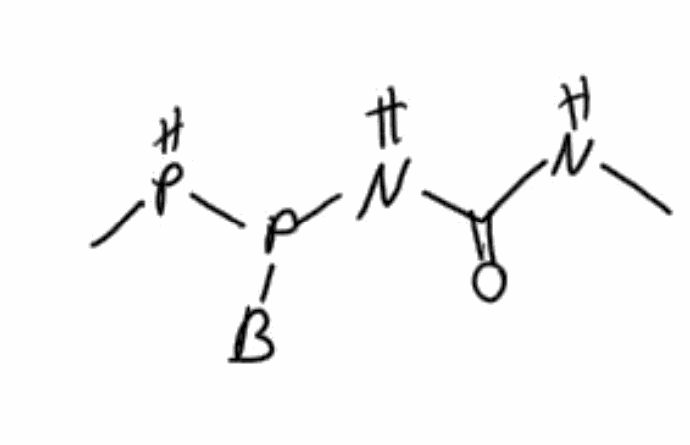
Simplified molecular-input line-entry system (SMILES) notation of the given molecule:
CSC(=S)C1=C2SC(=C(SCCOCCOCCS1)C(=S)SC)S2